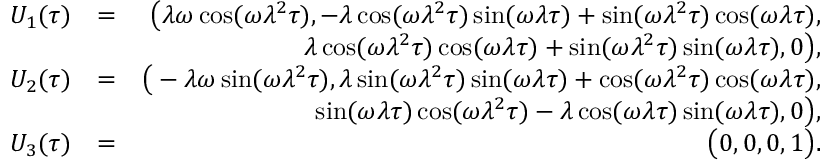
\begin{array} { r l r } { U _ { 1 } ( \tau ) } & { = } & { \big ( \lambda \omega \cos ( \omega \lambda ^ { 2 } \tau ) , - \lambda \cos ( \omega \lambda ^ { 2 } \tau ) \sin ( \omega \lambda \tau ) + \sin ( \omega \lambda ^ { 2 } \tau ) \cos ( \omega \lambda \tau ) , } \\ & { } & { \: \: \lambda \cos ( \omega \lambda ^ { 2 } \tau ) \cos ( \omega \lambda \tau ) + \sin ( \omega \lambda ^ { 2 } \tau ) \sin ( \omega \lambda \tau ) , 0 \big ) , } \\ { U _ { 2 } ( \tau ) } & { = } & { \big ( - \lambda \omega \sin ( \omega \lambda ^ { 2 } \tau ) , \lambda \sin ( \omega \lambda ^ { 2 } \tau ) \sin ( \omega \lambda \tau ) + \cos ( \omega \lambda ^ { 2 } \tau ) \cos ( \omega \lambda \tau ) , } \\ & { } & { \: \: \sin ( \omega \lambda \tau ) \cos ( \omega \lambda ^ { 2 } \tau ) - \lambda \cos ( \omega \lambda \tau ) \sin ( \omega \lambda \tau ) , 0 \big ) , } \\ { U _ { 3 } ( \tau ) } & { = } & { \big ( 0 , 0 , 0 , 1 \big ) . } \end{array}